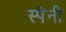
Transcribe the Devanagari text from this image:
स्‍पेनी